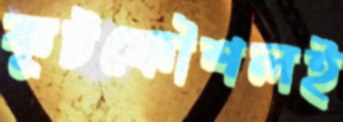
কূটকৌশলই